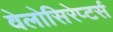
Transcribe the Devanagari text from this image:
वेलोसिरेप्टर्स